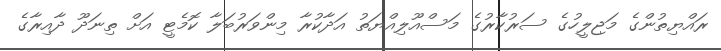
ރައްޔިތުންގެ މަޖިލީހުގެ ސަރުކާރުގެ މަސްއޫލިއްޔަތު އަދާކުރާ މިންވަރުބަލާ ކޮމެޓީ އަށް ތިނަދޫ ދާއިރާގެ